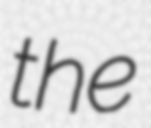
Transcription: the